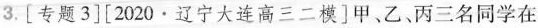
3.[专题3][2020﹒辽宁大连高三二模]甲、乙、丙三名同学在